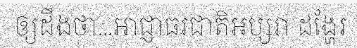
ឲ្យដឹងថា...អាជ្ញាធរជាតិអប្សរា ដង្ហែរ